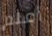
أعلم